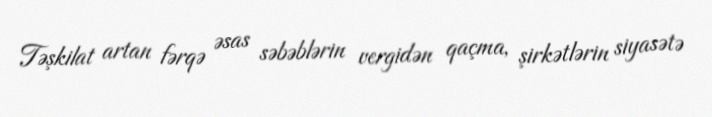
Təşkilat artan fərqə əsas səbəblərin vergidən qaçma, şirkətlərin siyasətə